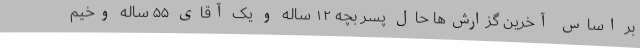
بر اساس آخرین گزارش‌ها حال پسر بچه ۱۲ ساله و یک آقای ۵۵ ساله وخیم